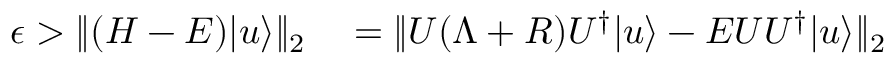
\begin{array} { r l } { \epsilon > \| ( H - E ) | u \rangle \| _ { 2 } } & { { } = \| U ( \Lambda + R ) U ^ { \dagger } | u \rangle - E U U ^ { \dagger } | u \rangle \| _ { 2 } } \end{array}